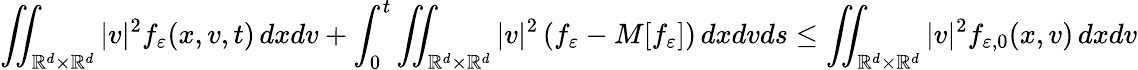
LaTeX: \iint_{\mathbb R^{d}\times\mathbb R^{d}}|v|^{2}f_{\varepsilon}(x,v,t)\, dxdv+\int_{0}^{t}\iint_{\mathbb R^{d}\times\mathbb R^{d}}|v|^{2}\left(f_{\varepsilon}-M[f_{\varepsilon}]\right)\, dxdvds\leq\iint_{\mathbb R^{d}\times\mathbb R^{d}}|v|^{2}f_{\varepsilon,0}(x,v)\, dxdv